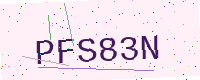
Text: PFS83N